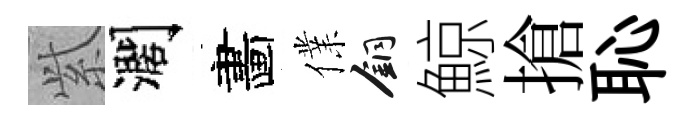
𬗋濶畵㒒銅鯨搶恥